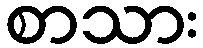
စာသား